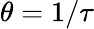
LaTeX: \theta=1/\tau